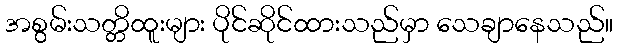
အစွမ်းသတ္တိထူးများ ပိုင်ဆိုင်ထားသည်မှာ သေချာနေသည်။